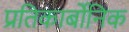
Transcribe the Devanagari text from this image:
प्रतिकार्बोनिक